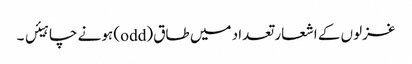
غزلوں کے اشعار تعداد میں طاق (odd) ہونے چاہیئں ۔